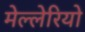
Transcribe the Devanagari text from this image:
मेल्लेरियो